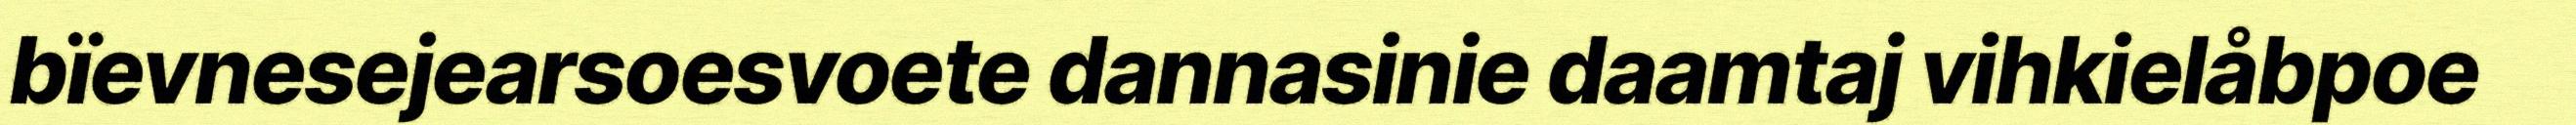
bïevnesejearsoesvoete dannasinie daamtaj vihkielåbpoe